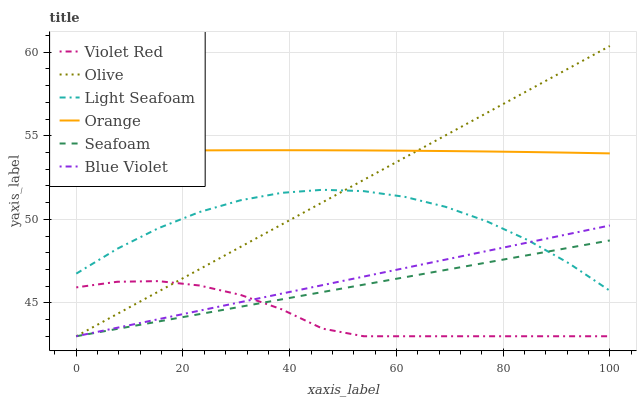
| xaxis_label | Violet Red | Olive | Light Seafoam | Orange | Seafoam | Blue Violet |
 | --- | --- | --- | --- | --- | --- | --- |
 | 0 | 45.9 | 43 | 46.7 | 54.1 | 43 | 43 |
 | 7.69 | 46.3 | 44.3 | 48.2 | 54.1 | 43.4 | 43.5 |
 | 15.4 | 46.3 | 45.7 | 49.5 | 54.1 | 43.9 | 44 |
 | 23.1 | 46 | 47 | 50.4 | 54.1 | 44.3 | 44.5 |
 | 30.8 | 45.5 | 48.3 | 51.1 | 54.1 | 44.8 | 45 |
 | 38.5 | 44.6 | 49.7 | 51.6 | 54.1 | 45.2 | 45.5 |
 | 46.2 | 43.5 | 51 | 51.8 | 54.1 | 45.6 | 46.1 |
 | 53.8 | 43 | 52.4 | 51.7 | 54.1 | 46.1 | 46.6 |
 | 61.5 | 43 | 53.7 | 51.3 | 54.1 | 46.5 | 47.1 |
 | 69.2 | 43 | 55 | 50.7 | 54.1 | 47 | 47.6 |
 | 76.9 | 43 | 56.4 | 49.9 | 54.1 | 47.4 | 48.1 |
 | 84.6 | 43 | 57.7 | 48.8 | 54 | 47.9 | 48.6 |
 | 92.3 | 43 | 59 | 47.4 | 54 | 48.3 | 49.1 |
 | 100 | 43 | 60.4 | 45.7 | 53.9 | 48.7 | 49.6 |